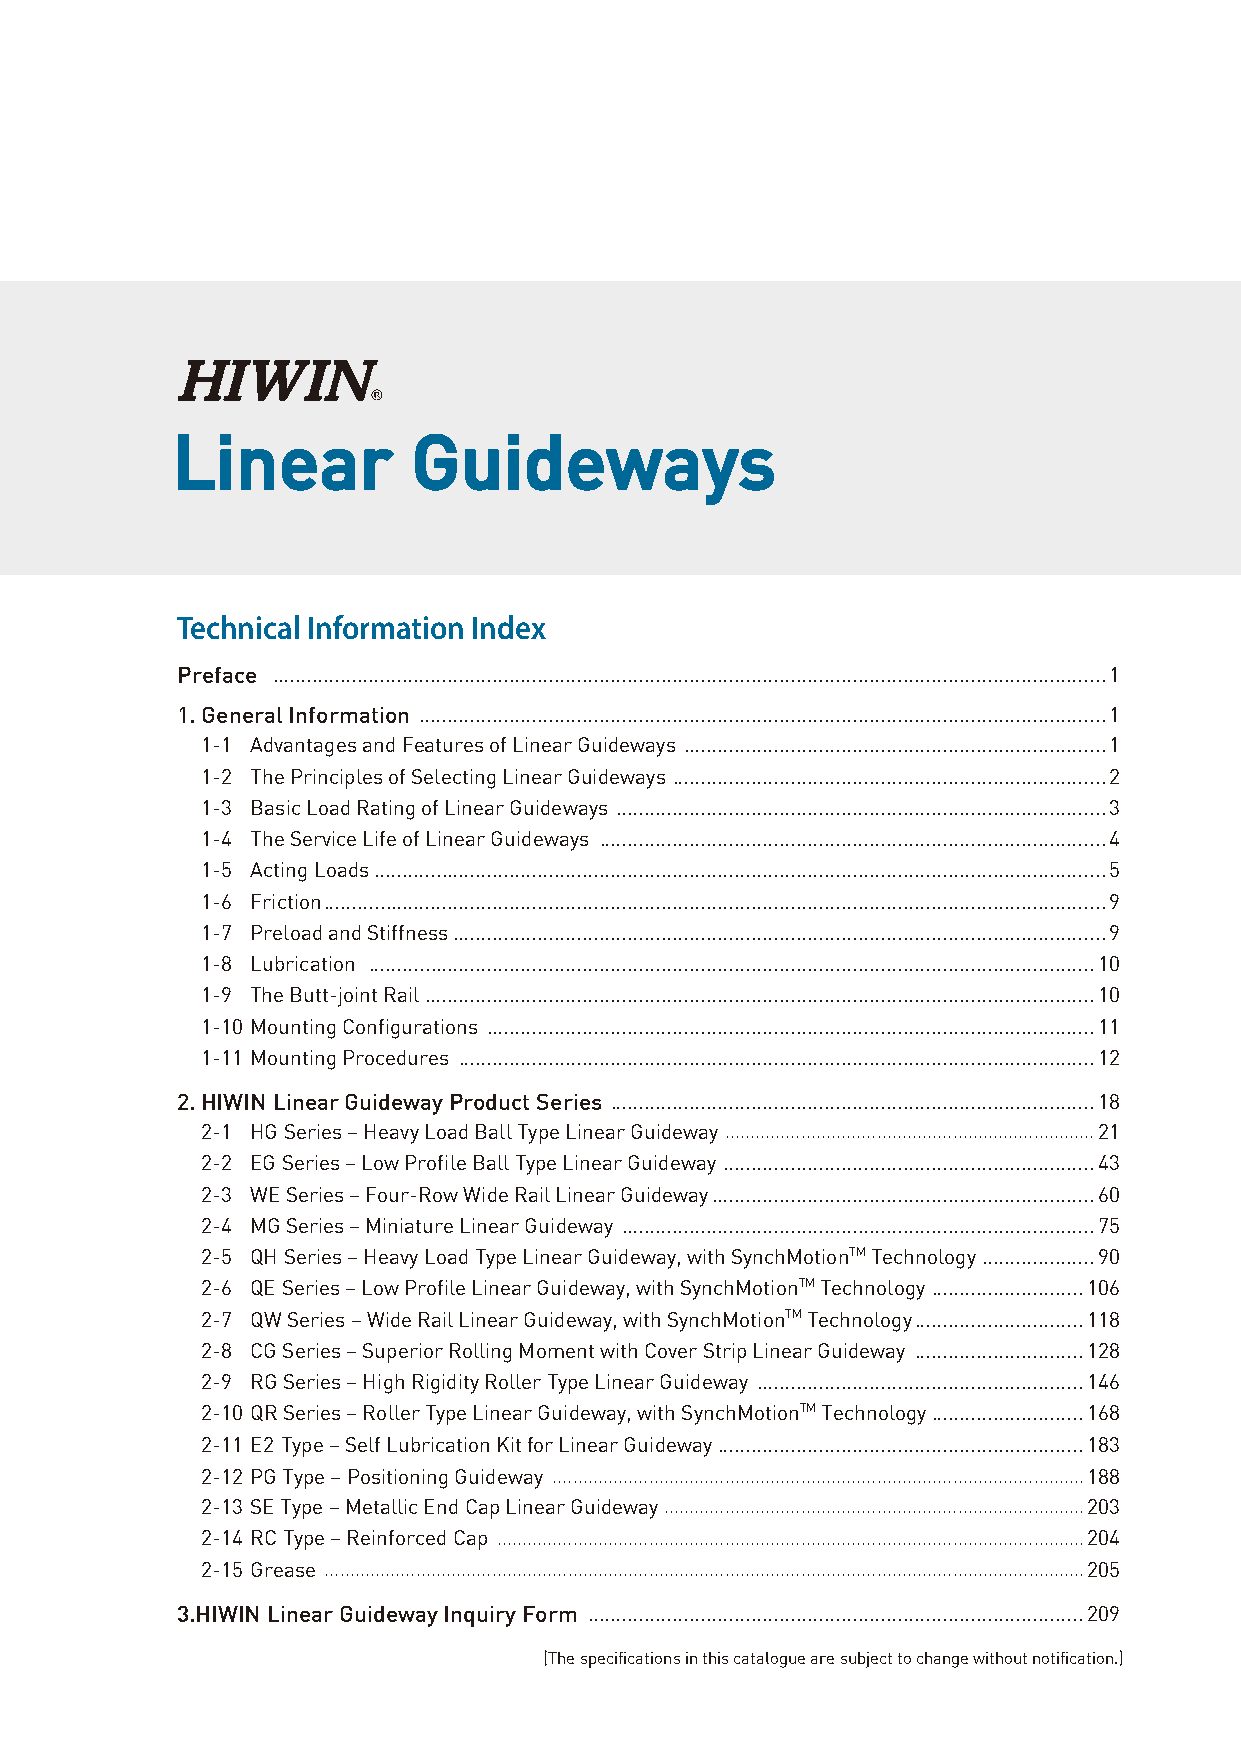
Linear          Guideways
 Technical Information Index
 Preface ....................................................................................................................................................1
 1. General Information ..........................................................................................................................1
 1-1 Advantages and Features of Linear Guideways ...........................................................................1
 1-2 The Principles of Selecting Linear Guideways .............................................................................2
 1-3 Basic Load Rating of Linear Guideways .......................................................................................3
 1-4 The Service Life of Linear Guideways ..........................................................................................4
 1-5 Acting Loads ..................................................................................................................................5
 1-6 Friction ...........................................................................................................................................9
 1-7 Preload and Stiffness ....................................................................................................................9
 1-8 Lubrication .................................................................................................................................10
 1-9 The Butt-joint Rail .......................................................................................................................10
 1-10 Mounting Configurations ............................................................................................................11
 1-11 Mounting Procedures .................................................................................................................12
 2. HIWIN Linear Guideway Product Series ......................................................................................18
 2-1 HG Series – Heavy Load Ball Type Linear Guideway .........................................................................21
 2-2 EG Series – Low Profile Ball Type Linear Guideway ..................................................................43
 2-3 WE Series – Four-Row Wide Rail Linear Guideway ....................................................................60
 2-4 MG Series – Miniature Linear Guideway ....................................................................................75
 2-5 QH Series – Heavy Load Type Linear Guideway, with SynchMotionTM Technology ....................90
 2-6 QE Series – Low Profile Linear Guideway, with SynchMotionTM Technology ...........................106
 2-7 QW Series – Wide Rail Linear Guideway, with SynchMotionTM Technology ..............................118
 2-8 CG Series – Superior Rolling Moment with Cover Strip Linear Guideway ..............................128
 2-9 RG Series – High Rigidity Roller Type Linear Guideway ..........................................................146
 2-10 QR Series – Roller Type Linear Guideway, with SynchMotionTM Technology ...........................168
 2-11 E2 Type – Self Lubrication Kit for Linear Guideway .................................................................183
 2-12 PG Type – Positioning Guideway .........................................................................................................188
 2-13 SE Type – Metallic End Cap Linear Guideway ...................................................................................203
 2-14 RC Type – Reinforced Cap ....................................................................................................................204
 2-15 Grease ......................................................................................................................................................205
 3.HIWIN Linear Guideway Inquiry Form ........................................................................................209
 (The specifications in this catalogue are subject to change without notification.)